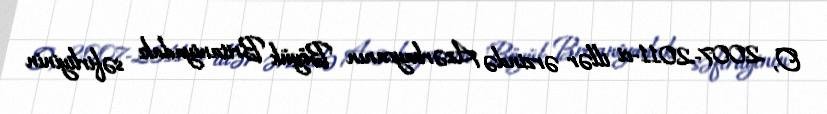
O, 2007-2011-ci illər ərzində Azərbaycanın Böyük Britaniyadakı səfirliyinin